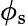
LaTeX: \phi_{\mathrm{s}}